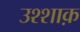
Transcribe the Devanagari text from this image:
उश्शाक़